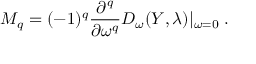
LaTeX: { \cal M } _ { q } = ( - 1 ) ^ { q } \frac { \partial ^ { q } } { \partial \omega ^ { q } } D _ { \omega } ( Y , \lambda ) | _ { \omega = 0 } \; .